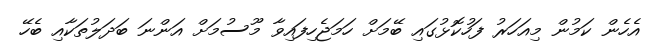
އެހެން ކަމުން މިއަހަރު ފަހުކޮޅުގައި ބޭމަށް ހަމަޖެހިފައިވާ މޫސުމަށް އަންނަ ބަދަލުތަކާއި ބެހޭ